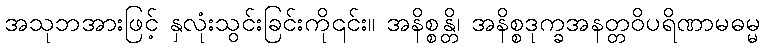
အသုဘအားဖြင့် နှလုံးသွင်းခြင်းကို၎င်း။ အနိစ္စန္တိ၊ အနိစ္စဒုက္ခအနတ္တဝိပရိဏာမဓမ္မ